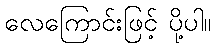
လေကြောင်းဖြင့် ပို့ပါ။